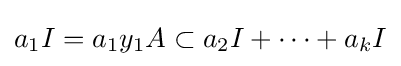
a_{1}I=a_{1}y_{1}A\subset a_{2}I+\cdots +a_{k}I